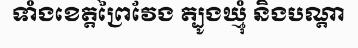
ទាំងខេត្តព្រៃវែង ត្បូងឃ្មុំ និងបណ្តា